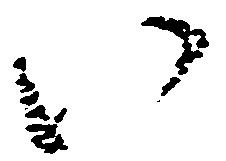
い